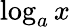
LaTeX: \log_{a}x